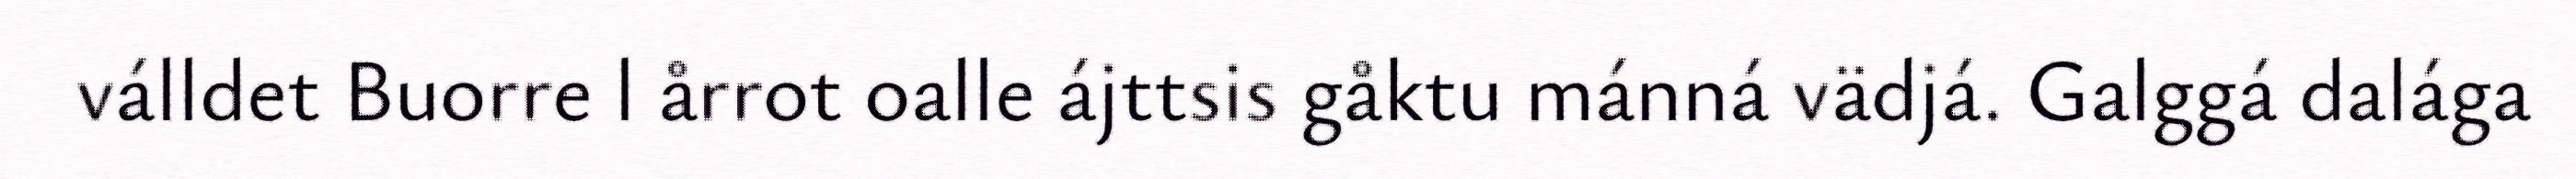
válldet Buorre l årrot oalle ájttsis gåktu mánná vädjá. Galggá dalága